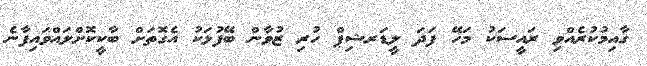
ގާއިމުކުރެއްވި ރައީސަކު މަހޭ ފަދަ ލީޑަރޝިޕް ހުރި ޒުވާން ބޭފުޅަކު އެގޮތަށް ބާކީކޮށްލައްވައިފާނެ